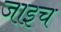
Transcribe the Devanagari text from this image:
जाइच